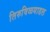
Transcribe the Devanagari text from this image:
तिरुविळयाडल